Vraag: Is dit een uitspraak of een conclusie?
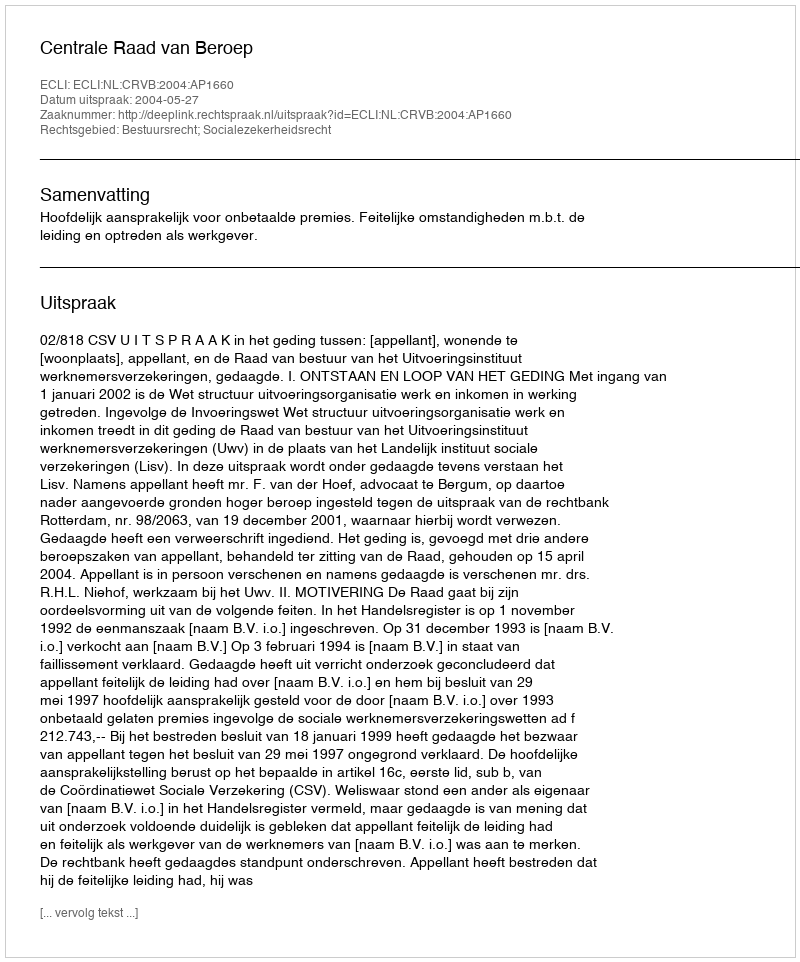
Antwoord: Uitspraak